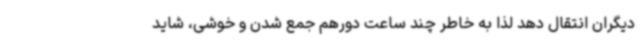
دیگران انتقال دهد لذا به خاطر چند ساعت دورهم جمع شدن و خوشی، شاید